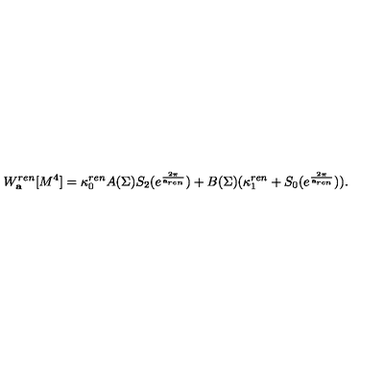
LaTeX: W _ { \bf a } ^ { r e n } [ M ^ { 4 } ] = \kappa _ { 0 } ^ { r e n } A ( \Sigma ) S _ { 2 } ( e ^ { \frac { 2 \pi } { { \bf a } _ { r e n } } } ) + B ( \Sigma ) ( \kappa _ { 1 } ^ { r e n } + S _ { 0 } ( e ^ { \frac { 2 \pi } { { \bf a } _ { r e n } } } ) ) .